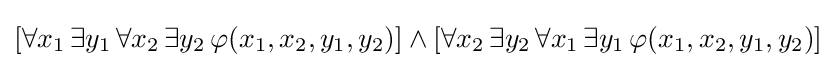
[\forall x_{1}\,\exists y_{1}\,\forall x_{2}\,\exists y_{2}\,\varphi (x_{1},x_{2},y_{1},y_{2})]\wedge [\forall x_{2}\,\exists y_{2}\,\forall x_{1}\,\exists y_{1}\,\varphi (x_{1},x_{2},y_{1},y_{2})]